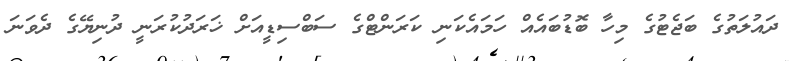
ދައުލަތުގެ ބަޖެޓުގެ މިހާ ބޮޑުބައެއް ހަމައެކަނި ކަރަންޓްގެ ސަބްސިޑީއަށް ޚަރަދުކުރަނީ ދުނިޔޭގެ ދެވަނަ